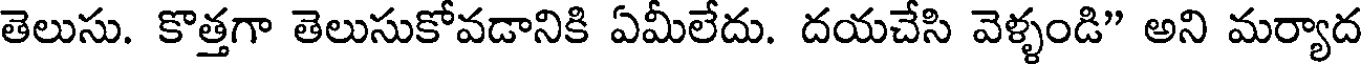
తెలుసు. కొత్తగా తెలుసుకోవడానికి ఏమీలేదు. దయచేసి వెళ్ళండి" అని మర్యాద